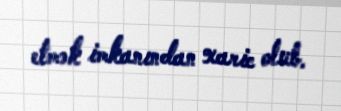
etmək imkanından xaric olub.